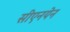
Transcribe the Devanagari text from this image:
सीएनयेन